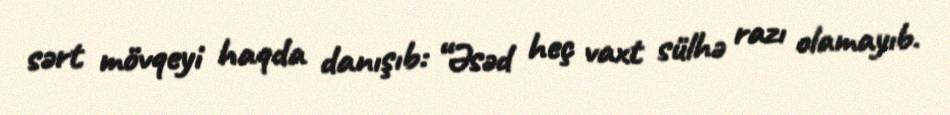
sərt mövqeyi haqda danışıb: “Əsəd heç vaxt sülhə razı olamayıb.